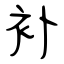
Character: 补